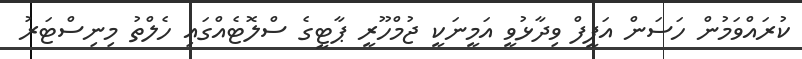
ކުރައްވަމުން ހަސަން އަފީފް ވިދާޅުވީ އަމީނަކީ ޖުމްހޫރީ ޕާޓީގެ ސްލޮޓެއްގައި ހެލްތު މިނިސްޓަރު